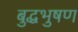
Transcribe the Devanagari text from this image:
बुद्धभुषण